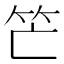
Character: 笀